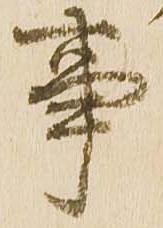
事